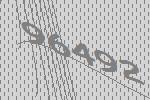
96492